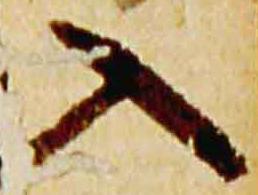
入